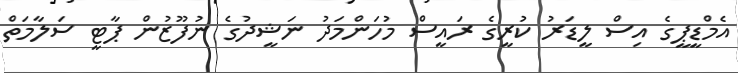
އެމްޑީޕީގެ އިސް ލީޑަރު ކުރީގެ ރައީސް މުހަންމަދު ނަޝީދުގެ ނުފޫޒުން ޕާޓީ ސަލާމަތް